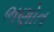
ભણોત